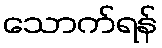
သောက်ရန်